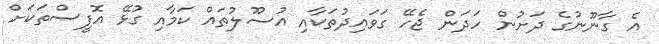
އެ ގާނޫނުގެ ދަށުން ހަދަން ޖެހޭ ގަވައިދުތަކާއި އުސޫލުތައް ކަމާއި ގުޅޭ އޮފީސްތަކަށް